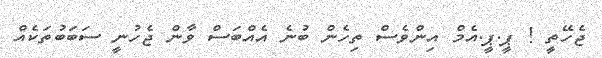
ޖެހޭތީ ! ޕީ.ޕީ.އެމް އިންވެސް ތިހެން ބުނެ އެއްބަސް ވާން ޖެހުނީ ސަބަބުތަކެއް